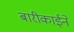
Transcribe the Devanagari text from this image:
बारीकाईने